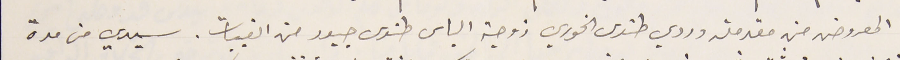
المعروض من مقدمته وردي طنوس الخوري زوجة الياس طنوس جبور من القبيات. سيدي من مدة